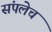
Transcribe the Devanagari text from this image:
संपलेच